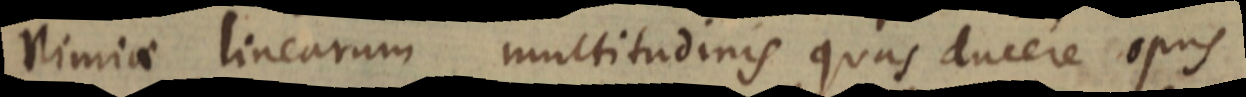
nimiae linearum multitudinis quas ducere opus